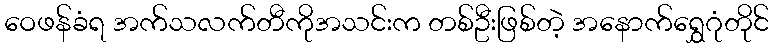
ဝေဖန်ခံရ အက်သလက်တီကိုအသင်းက တစ်ဦးဖြစ်တဲ့ အနောက်ရွှေဂုံတိုင်